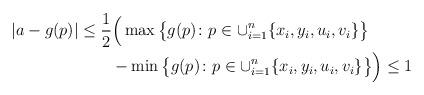
LaTeX: \begin{align*} |a-g(p)|&\le\frac{1}{2}\Big(\max \big\{g(p)\colon p\in\cup_{i=1}^n\{x_i,y_i,u_i,v_i\}\big\}\\ &\qquad-\min \big\{g(p)\colon p\in\cup_{i=1}^n\{x_i,y_i,u_i,v_i\}\big\}\Big)\le 1\end{align*}